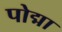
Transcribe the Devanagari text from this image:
पोद्मा